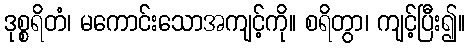
ဒုစ္စရိတံ၊ မကောင်းသောအကျင့်ကို။ စရိတွာ၊ ကျင့်ပြီး၍။